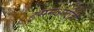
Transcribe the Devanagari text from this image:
हसनअलीही